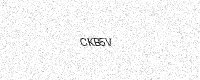
Text: CKB5V